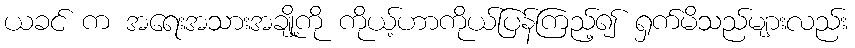
ယခင် က အရေးအသားအချို့ကို ကိုယ့်ဟာကိုယ်ပြန်ကြည့်၍ ရှက်မိသည်များလည်း